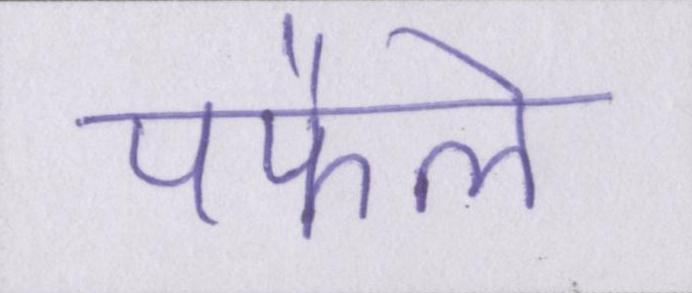
पफैले